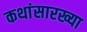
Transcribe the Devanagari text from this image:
कथांसारख्या